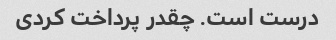
درست است. چقدر پرداخت کردی